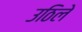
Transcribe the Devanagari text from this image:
उठिले